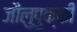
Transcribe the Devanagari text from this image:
जौलुपुक्की